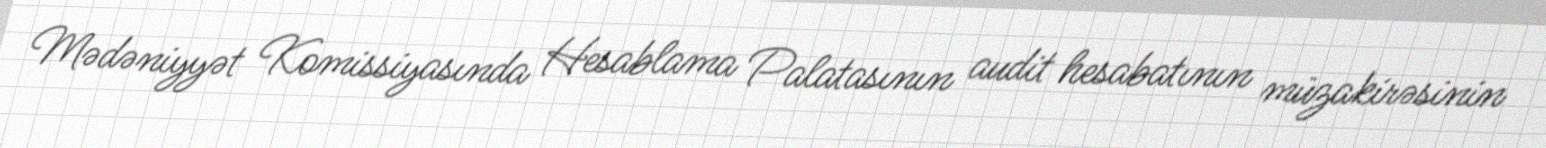
Mədəniyyət Komissiyasında Hesablama Palatasının audit hesabatının müzakirəsinin